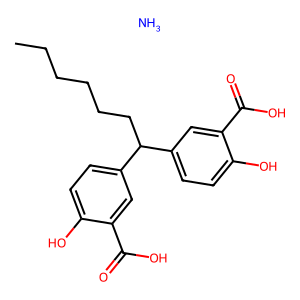
SMILES: CCCCCCC(c1ccc(O)c(C(=O)O)c1)c1ccc(O)c(C(=O)O)c1.N
Inhibits HIV replication: No